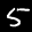
Label: 5